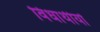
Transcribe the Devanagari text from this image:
विधार्थीयों